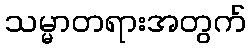
သမ္မာတရားအတွက်